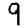
Digit: 9